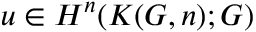
u \in H ^ { n } ( K ( G , n ) ; G )